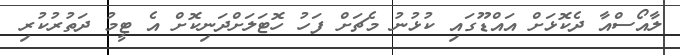
ލާއޯސްއާ ދެކޮޅަށް އައްޑޫގައި ކުޅުނު މެޗަށް ފަހު ހޮޓަލަށްދަނިކޮށް އެ ޓީމު ދަތުރުކުރި